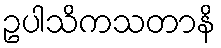
ဥပါသိကသတာနိ